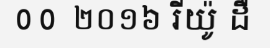
0 0  ២០១៦ រីយ៉ូ ដឺ